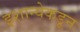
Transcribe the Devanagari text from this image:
इशान्येकडून